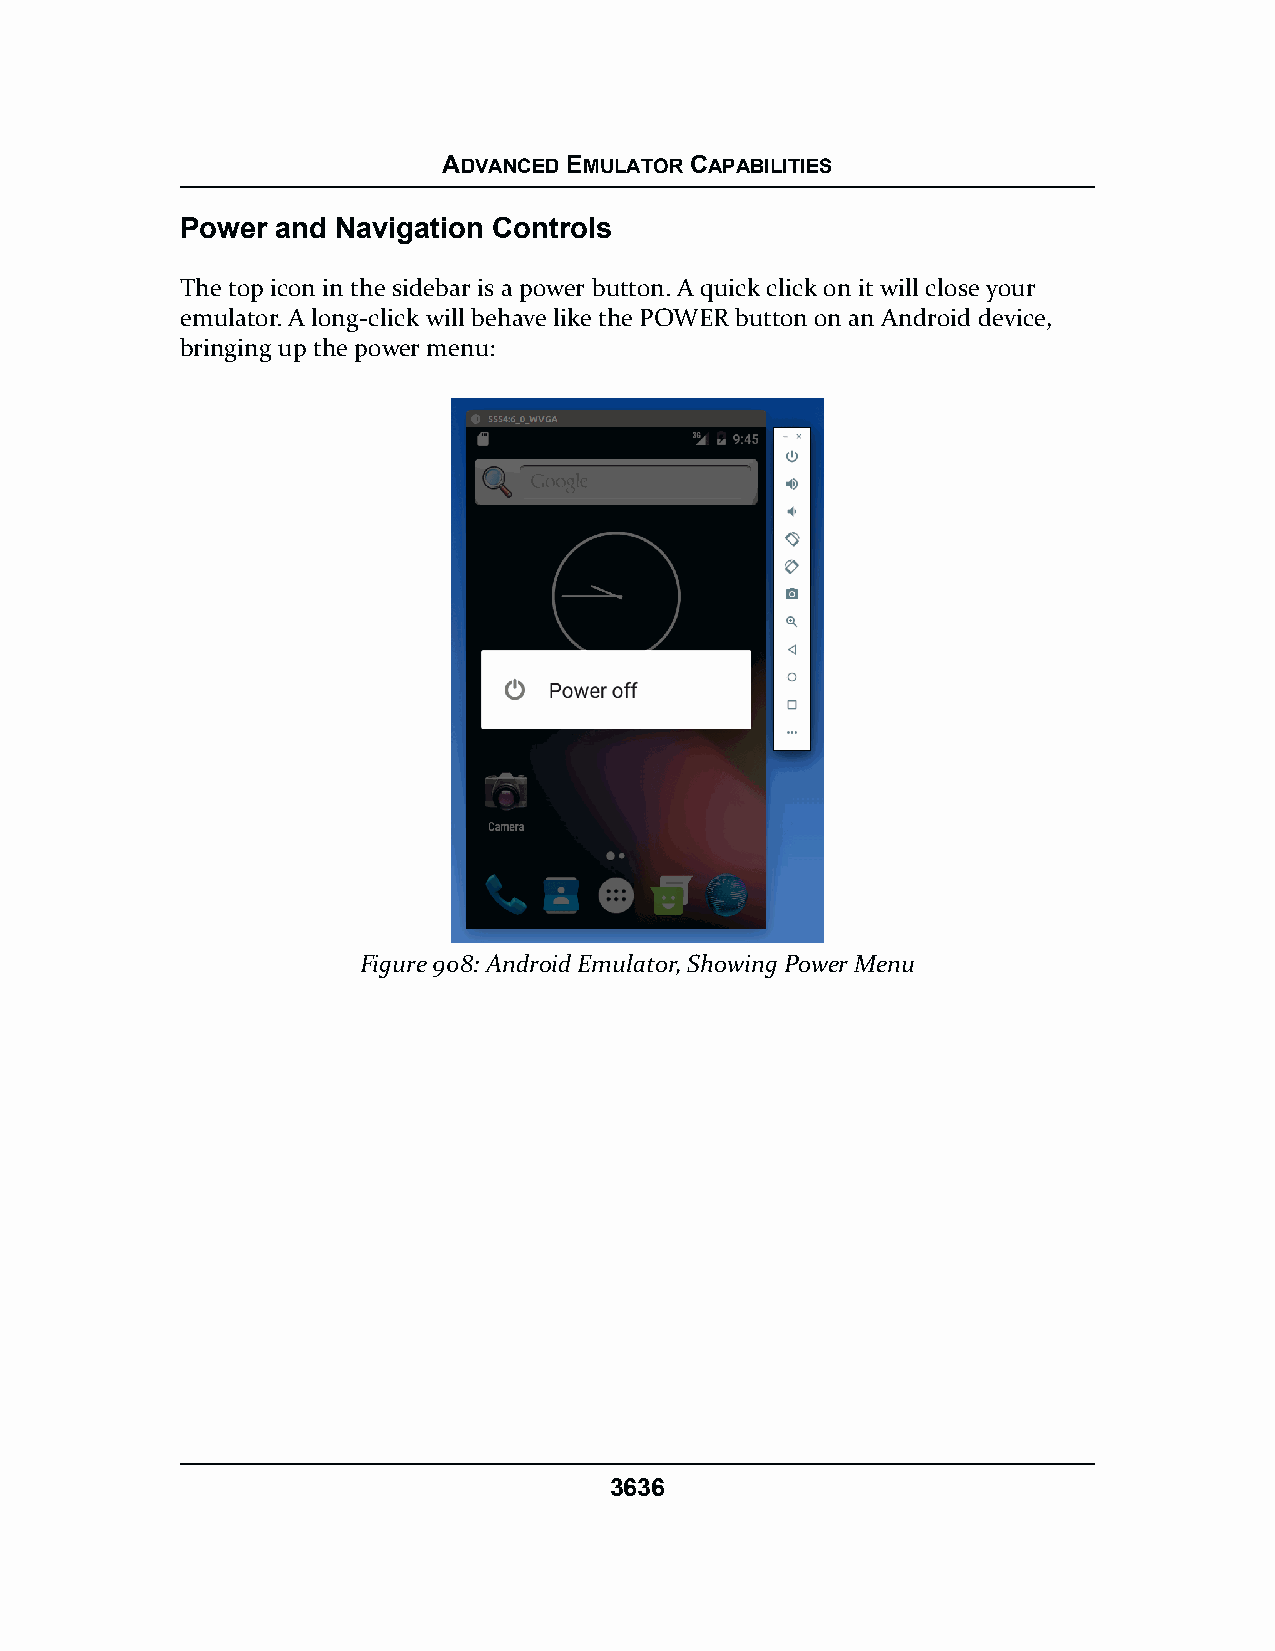
ADVANCED EMULATOR CAPABILITIES
 Power and Navigation Controls
 The top icon in the sidebar is a power button. A quick click on it will close your
 emulator. A long-click will behave like the POWER button on an Android device,
 bringing up the power menu:
 Figure 908: Android Emulator, Showing Power Menu
 3636